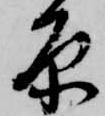
原